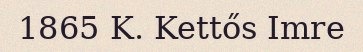
1865 K. Kettős Imre